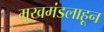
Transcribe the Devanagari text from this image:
मुखमंडलाहून